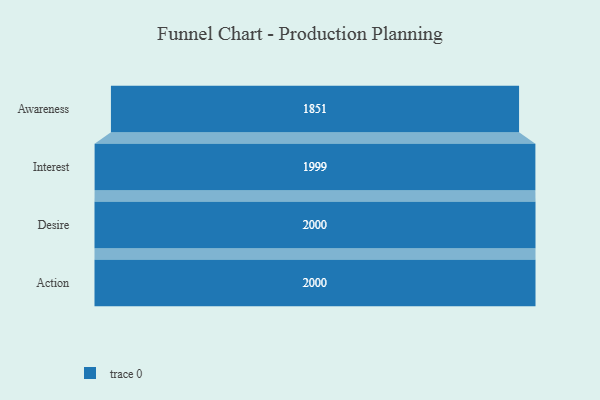
{"axis": {"x": "Stage", "y": "Value"}, "legend": [""], "data": [{"x": "Awareness", "y": 1851.0, "type": ""}, {"x": "Interest", "y": 1999.0, "type": ""}, {"x": "Desire", "y": 2000, "type": ""}, {"x": "Action", "y": 2000, "type": ""}]}